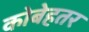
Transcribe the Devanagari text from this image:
कोबेहतर